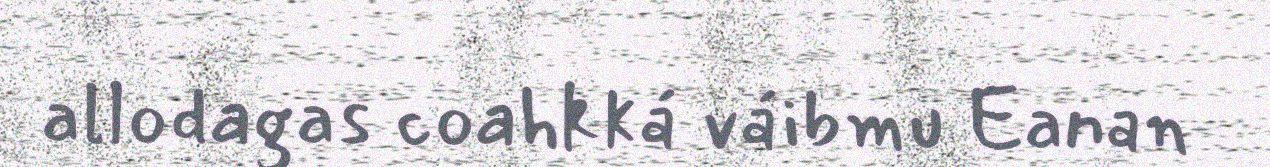
allodagas coahkká váibmu Eanan